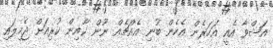
އަޝްވާ އެއީ އަހަރެން އެހެން ބުނި އެއްޗެއް ނޫން ކާއިން ކުރިއަށް ޖެހިލައި